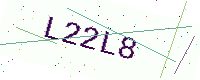
Text: L22L8